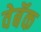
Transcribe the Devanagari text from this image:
वेबॅक